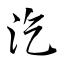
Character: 汔